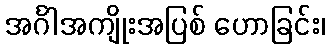
အင်္ဂါအကျိုးအပြစ် ဟောခြင်း၊